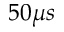
5 0 \mu s